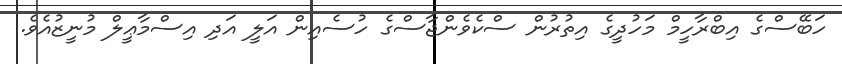
ހަބޭސްގެ އިބްރާހީމް މަހުދީގެ އިތުރުން ސްކެވެންޖާސްގެ ހުސެއިން އަލީ އަދި އިސްމާޢީލް މުނީޒުއެވެ.